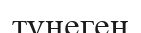
түнеген